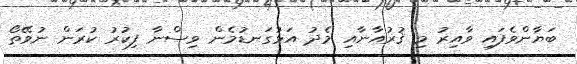
ބަޔާންވެފައި ވާއިރު މި ޤުރުއާނާއި މެދު އަޅުގަނޑުމެން ވިސްނާ ފިކުރު ކުރަން ނުވޭތޯ